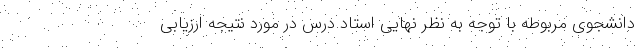
دانشجوی مربوطه با توجه به نظر نهایی استاد درس در مورد نتیجه ارزیابی